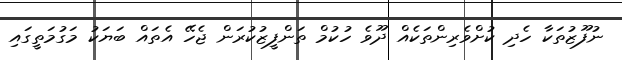
ނުފޫޒުތަކާ ހެދި ކުށްވެރިންތަކެއް ދޫވެ ހުކުމް ތަންފީޒުކުރަން ޖެހޭ އެތައް ބަޔަކު މަގުމަތީގައި